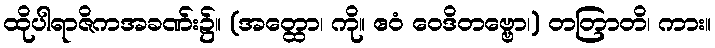
ထိုပါရာဇိကအခဏ်း၌။ (အတ္ထော၊ ကို။ ဧဝံ ဝေဒိတဗ္ဗော၊) တတြာတိ၊ ကား။